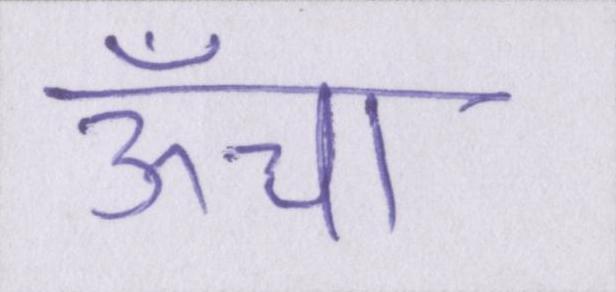
ऊँचा